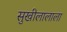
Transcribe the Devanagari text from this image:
सुखीलालाला